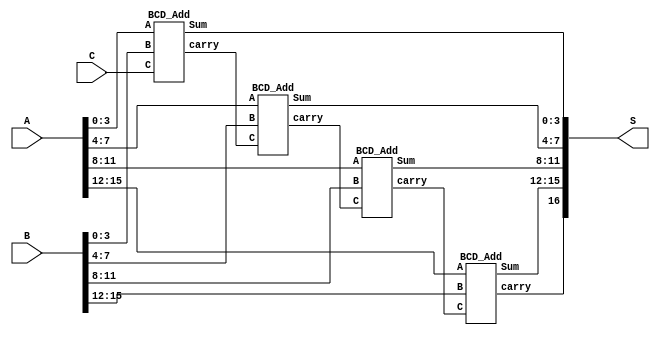
module hw4_q2b (
  input C,
  input [15:0] A, B,
  output [16:0] S
);

  wire [3:0] Adigit [3:0];
  wire [3:0] Bdigit [3:0];
  wire [3:0] Sdigit [3:0];
  wire Smsb;
  wire [3:0] carry;

  assign Adigit[0] = A[ 3: 0];
  assign Adigit[1] = A[ 7: 4];
  assign Adigit[2] = A[11: 8];
  assign Adigit[3] = A[15:12];

  assign Bdigit[0] = B[ 3: 0];
  assign Bdigit[1] = B[ 7: 4];
  assign Bdigit[2] = B[11: 8];
  assign Bdigit[3] = B[15:12];

  assign S[ 3: 0] = Sdigit[0];
  assign S[ 7: 4] = Sdigit[1];
  assign S[11: 8] = Sdigit[2];
  assign S[15:12] = Sdigit[3];

  assign S[16] = Smsb;

  BCD_Add U0 ( C, Adigit[0], Bdigit[0], Sdigit[0], carry[0] );
  BCD_Add U1 ( carry[0], Adigit[1], Bdigit[1], Sdigit[1], carry[1] );
  BCD_Add U2 ( carry[1], Adigit[2], Bdigit[2], Sdigit[2], carry[2] );
  BCD_Add U3 ( carry[2], Adigit[3], Bdigit[3], Sdigit[3], Smsb );

endmodule

module BCD_Add (
  input C,
  input [3:0] A, B,
  output reg [3:0] Sum,
  output reg carry
);

  wire [4:0] i_sum;

  assign i_sum = A + B + C;

  always @( A, B, C ) begin
    if( i_sum > 9 ) begin
      carry = 1'b1;
      Sum = i_sum + 6;
    end
    else begin
      carry = 1'b0;
      Sum = i_sum;
    end
  end

endmodule